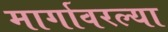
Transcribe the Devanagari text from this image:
मार्गावरल्या